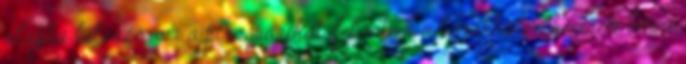
alapba beleszórom a pirosparikát, felöntöm a borokkal, elkeverem benne